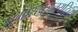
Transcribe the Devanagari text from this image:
भृगोस्त्वजनयद्विव्या